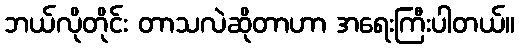
ဘယ်လိုတိုင်း တာသလဲဆိုတာဟာ အရေးကြီးပါတယ်။